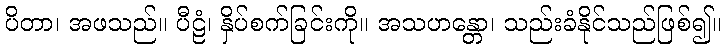
ပိတာ၊ အဖသည်။ ပီဠံ၊ နှိပ်စက်ခြင်းကို။ အသဟန္တော၊ သည်းခံနိုင်သည်ဖြစ်၍။